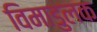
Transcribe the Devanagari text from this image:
विमाडुलक